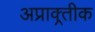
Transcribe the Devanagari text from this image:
अप्राक्र्तीक